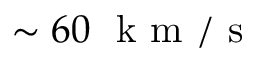
\sim 6 0 ~ \mathrm { ~ k ~ m ~ / ~ s ~ }